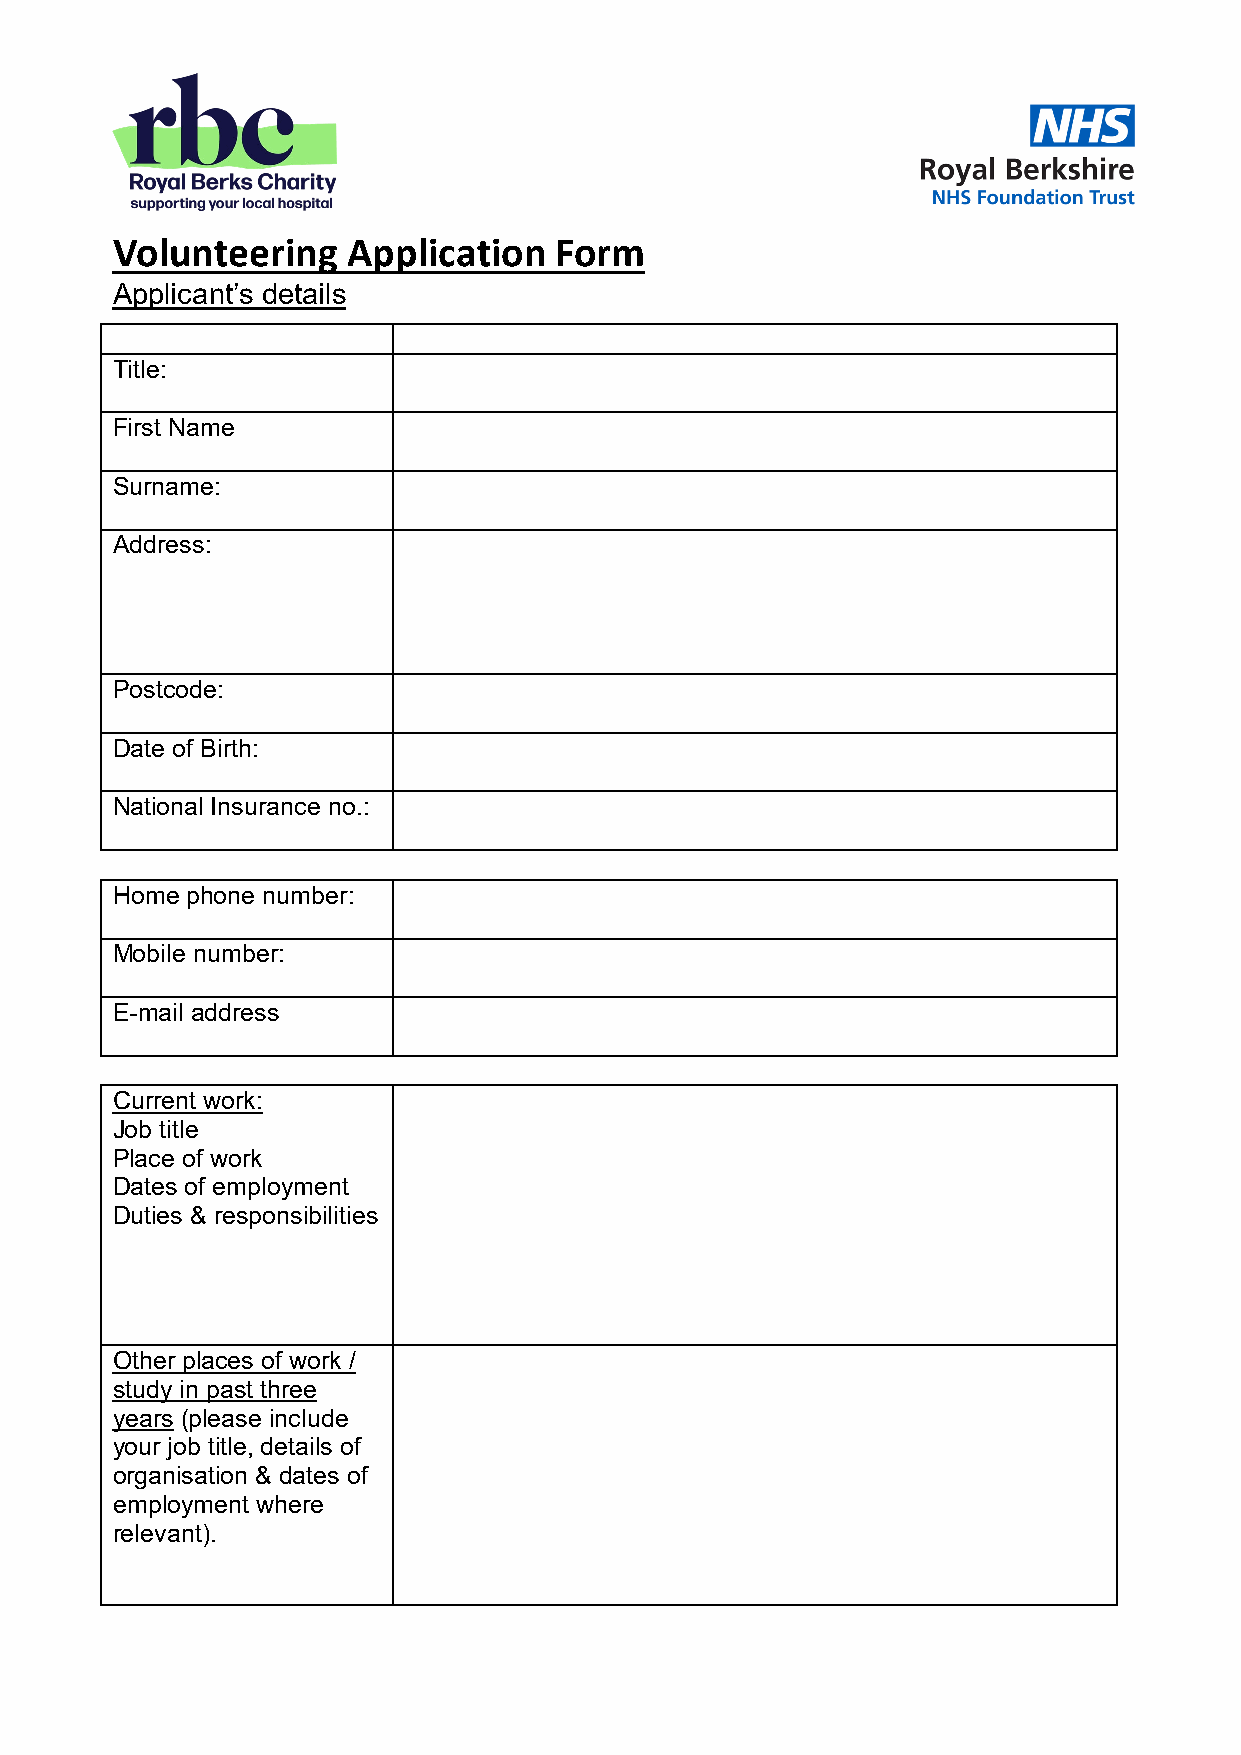
Volunteering    Application   Form
 Applicant’s details
 Title:
 First Name
 Surname:
 Address:
 Postcode:
 Date of Birth:
 National Insurance no.:
 Home phone number:
 Mobile number:
 E-mail address
 Current work:
 Job title
 Place of work
 Dates of employment
 Duties & responsibilities
 Other places of work /
 study in past three
 years (please include
 your job title, details of
 organisation & dates of
 employment where
 relevant).